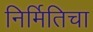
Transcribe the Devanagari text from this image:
निर्मितिचा